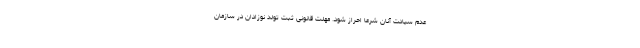
عدم سیادت آنان شرعا احراز شود. مهلت قانونی ثبت تولد نوزادان در سازمان